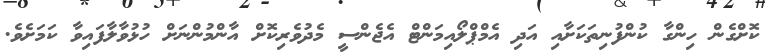
ކޮށްގެން ހިންގާ ކުންފުނިތަކަށާއި އަދި އެމްޕްލޯއިމަންޓް އެޖެންސީ މެދުވެރިކޮށް އާންމުންނަށް ހުޅުވާލާފައިވާ ކަމަށެވެ.